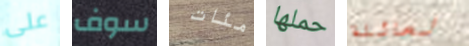
على سوف مئات حملها لعائلة